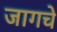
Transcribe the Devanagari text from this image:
जागचे